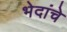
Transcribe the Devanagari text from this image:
भेदांचे